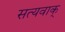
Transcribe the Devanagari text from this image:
सत्यवाक्‌